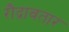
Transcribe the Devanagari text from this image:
रौद्रावतार